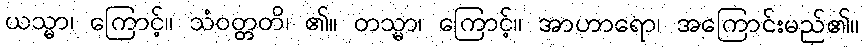
ယသ္မာ၊ ကြောင့်။ သံဝတ္တတိ၊ ၏။ တသ္မာ၊ ကြောင့်။ အာဟာရော၊ အကြောင်းမည်၏။